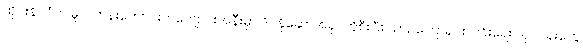
ထိုင်းနိုင်ငံက မူလတန်းကျောင်းတကျောင်းအနီးမှာ ဒိုင်နိုဆောအရုပ်ကိုစီးပြီး ယာဉ်ကြောရှင်းလင်းရေး လုပ်ငန်းတွေ